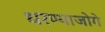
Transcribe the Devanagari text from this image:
धरण्याजोगे